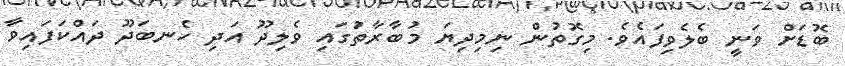
ބޮޑަށް ވަނީ ބެލެވިފައެވެ. މިގޮތުން ނިމިދިޔަ މުބާރާތުަގައި ވެލިދޫ އަދި ހެނބަދޫ ދައްކަފައިވާ